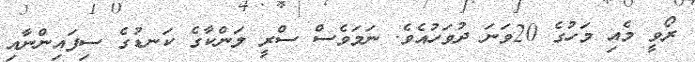
ރޯވީ މެއި މަހުގެ 20ވަނަ ދުވަހުއެވެ. ނަމަވެސް ސްރީ ލަންކާގެ ކަނޑުގެ ސިފައިންނާއި